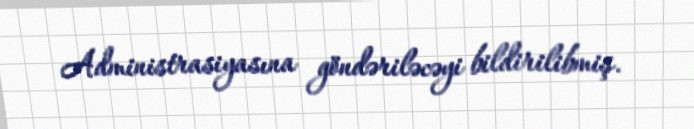
Administrasiyasına göndəriləcəyi bildirilibmiş.